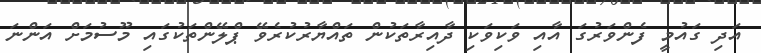
އަދި ގައުމީ ފެންވަރުގަ އާއި ވަކިވަކި ދާއިރާތަކުން ތައްޔާރުކުރެވޭ ޕްލޭންތަކުގައި މޫސުމަށް އަންނަ